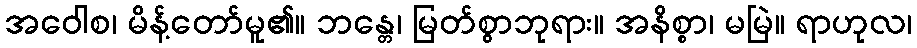
အဝေါစ၊ မိန့်တော်မူ၏။ ဘန္တေ၊ မြတ်စွာဘုရား။ အနိစ္စာ၊ မမြဲ။ ရာဟုလ၊